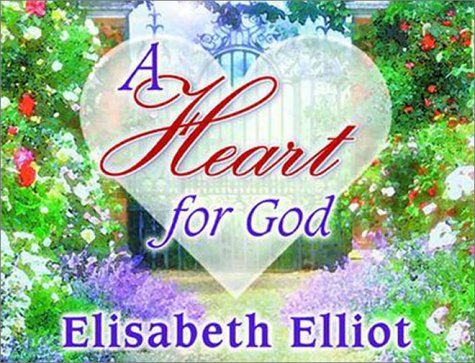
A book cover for A Heart for God 2001 Calendar; Elizabeth Elliot; Calendars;